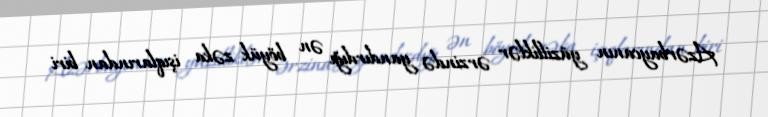
Azərbaycanın yüzilliklər ərzində yandırdığı ən böyük zəka işıqlarından biri